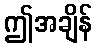
ဤအချိန်